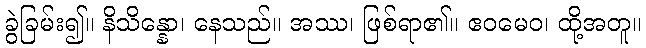
ခွဲခြမ်း၍။ နိသိန္နော၊ နေသည်။ အဿ၊ ဖြစ်ရာ၏။ ဧဝမေဝ၊ ထို့အတူ။